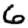
Digit: 6